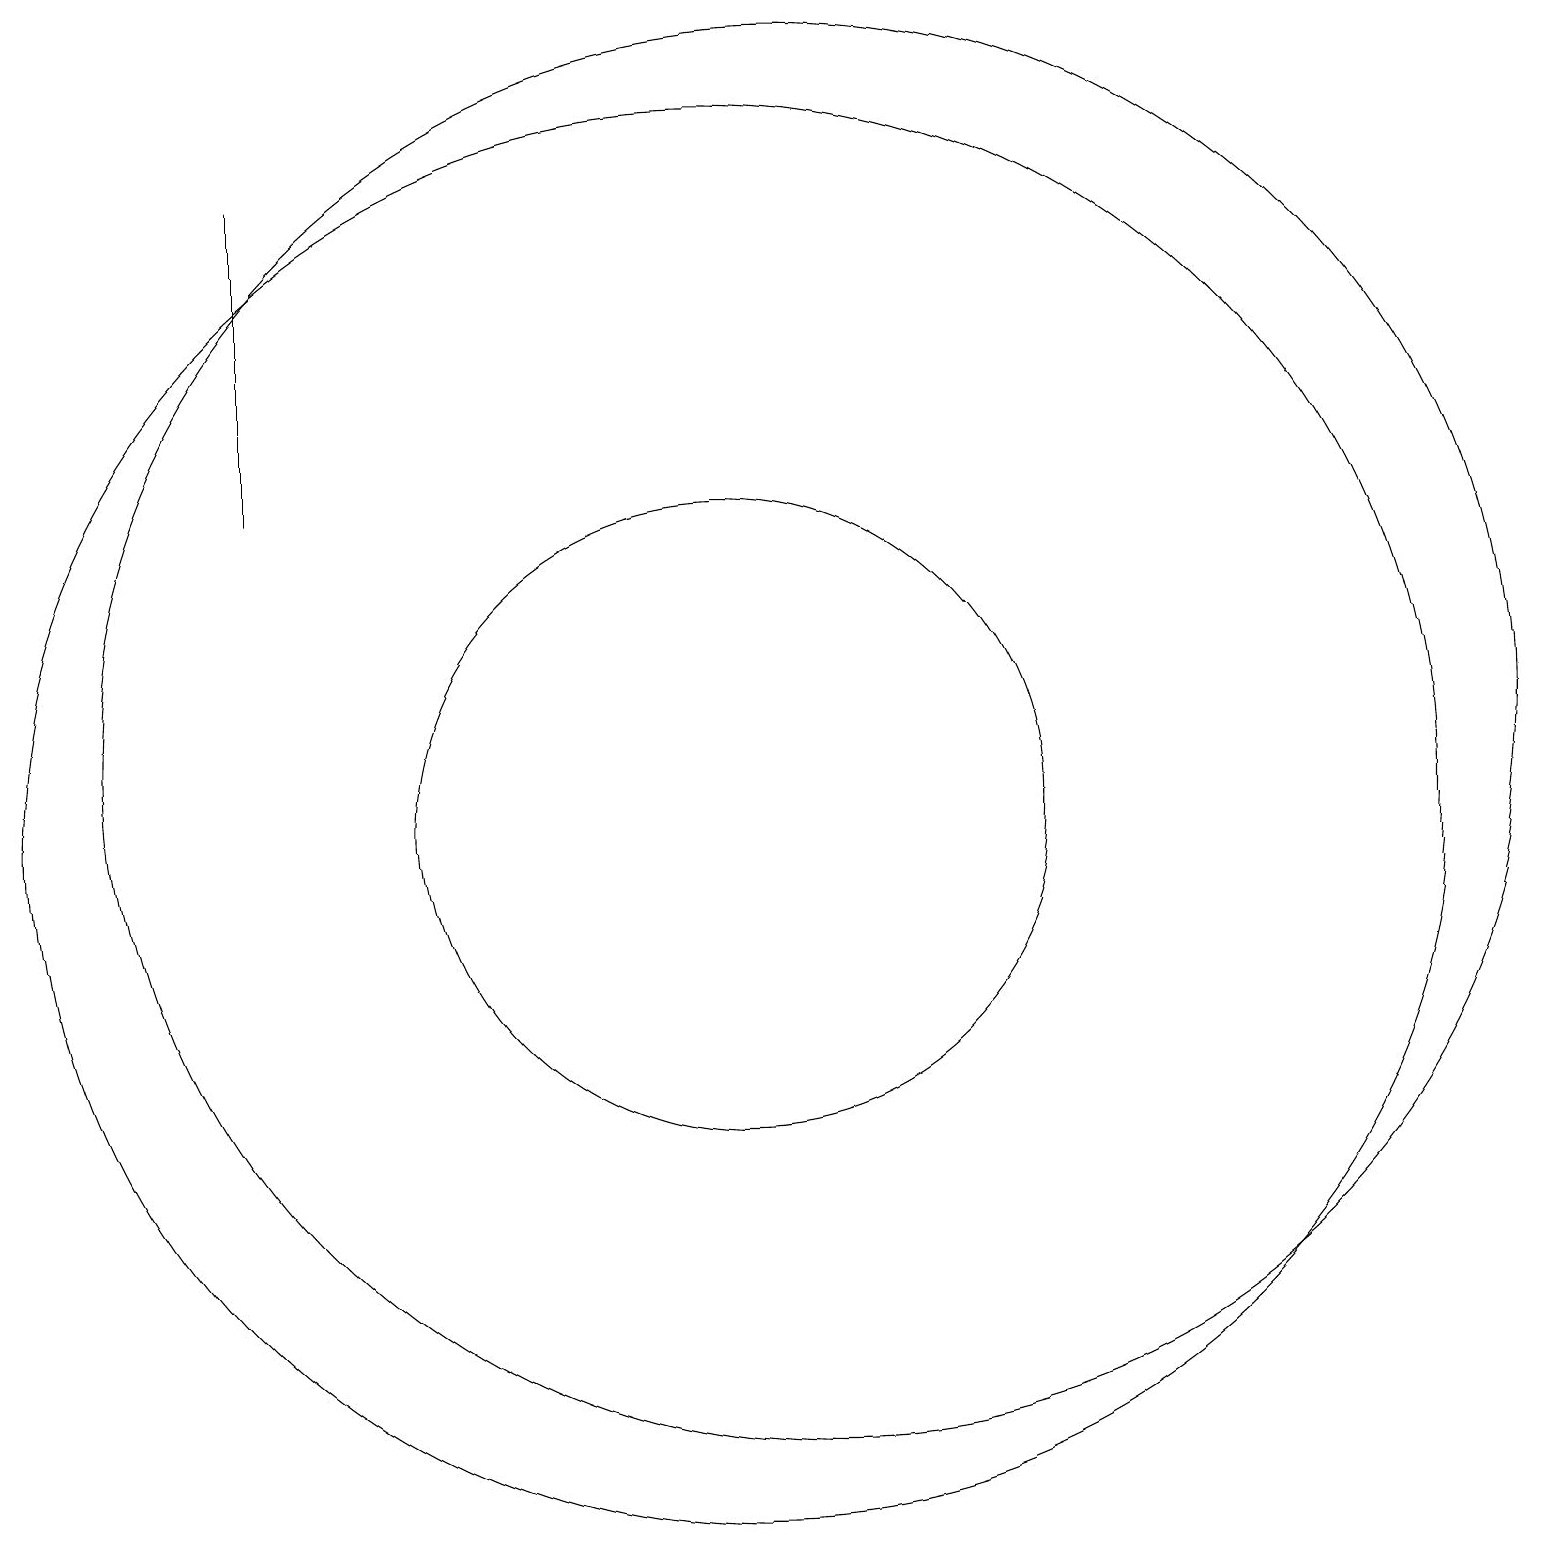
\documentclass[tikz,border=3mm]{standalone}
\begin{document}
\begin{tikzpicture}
\draw (11,11) circle (9);
\draw (4,18) rectangle (4,14);
\draw (10,10) circle (4);
\draw (10,10) circle (9);
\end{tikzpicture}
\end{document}